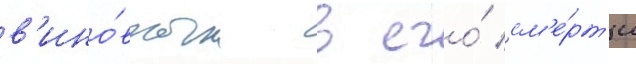
в'ино́вным в его́ см'е́рт'и